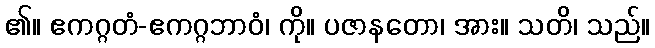
၏။ ဧကဂ္ဂတံ-ဧကဂ္ဂဘာဝံ၊ ကို။ ပဇာနတော၊ အား။ သတိ၊ သည်။